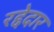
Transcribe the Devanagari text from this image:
रद्देदार